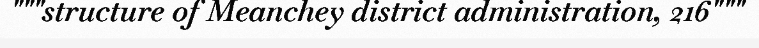
"""structure of Meanchey district administration, 216"""